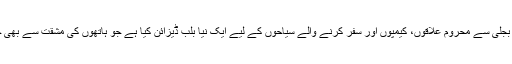
دیسی واٹ کمپنی نے بجلی سے محروم علاقوں، کیمپوں اور سفر کرنے والے سیاحوں کے لیے ایک نیا بلب ڈیزائن کیا ہے جو ہاتھوں کی مشقت سے بھی چارج کیا جاسکتا ہے۔